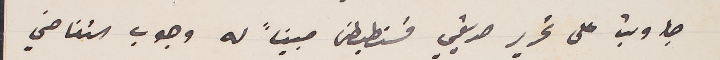
جاوبت على تحرير صديقي قسنططين مبيناً له وجوب التغاضي